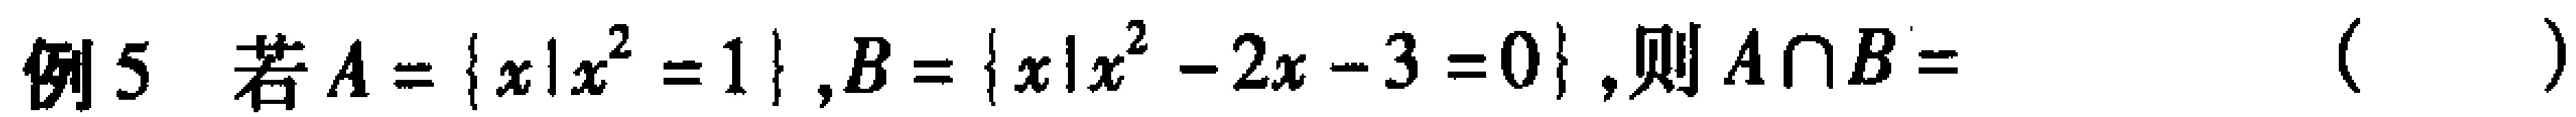
例5 若$A = \{ x|x^{2}=1\},B = \{ x|x^{2}-2x - 3 = 0\}$,则$A\cap B=$（  ）